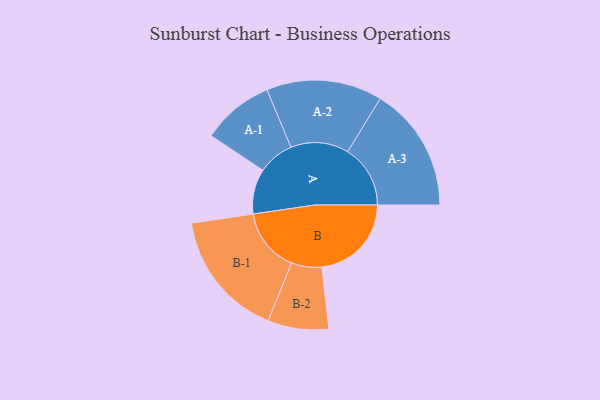
{"axis": {"x": "Segment", "y": "Value"}, "legend": ["", "A", "B"], "data": [{"x": "A", "y": 191, "type": ""}, {"x": "B", "y": 380, "type": ""}, {"x": "A-1", "y": 153, "type": "A"}, {"x": "A-2", "y": 246, "type": "A"}, {"x": "A-3", "y": 266, "type": "A"}, {"x": "B-1", "y": 271, "type": "B"}, {"x": "B-2", "y": 129, "type": "B"}]}